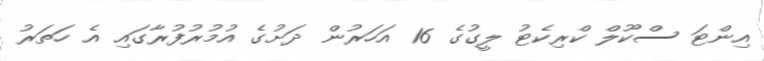
އިންޓަ ސްކޫލް ކްރިކެޓު ލީގުގެ 16 އަހަރުން ދަށުގެ އުމުރުފުރާގައި އެ ހަތަރު